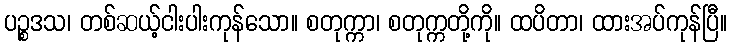
ပဉ္စဒသ၊ တစ်ဆယ့်ငါးပါးကုန်သော။ စတုက္ကာ၊ စတုက္ကတို့ကို။ ထပိတာ၊ ထားအပ်ကုန်ပြီ။